Causation and prevention of malarial fevers: a statement of the results of researches drawn up for the use of assistant surgeons, hospital assistants and students
Disease focus: Malaria
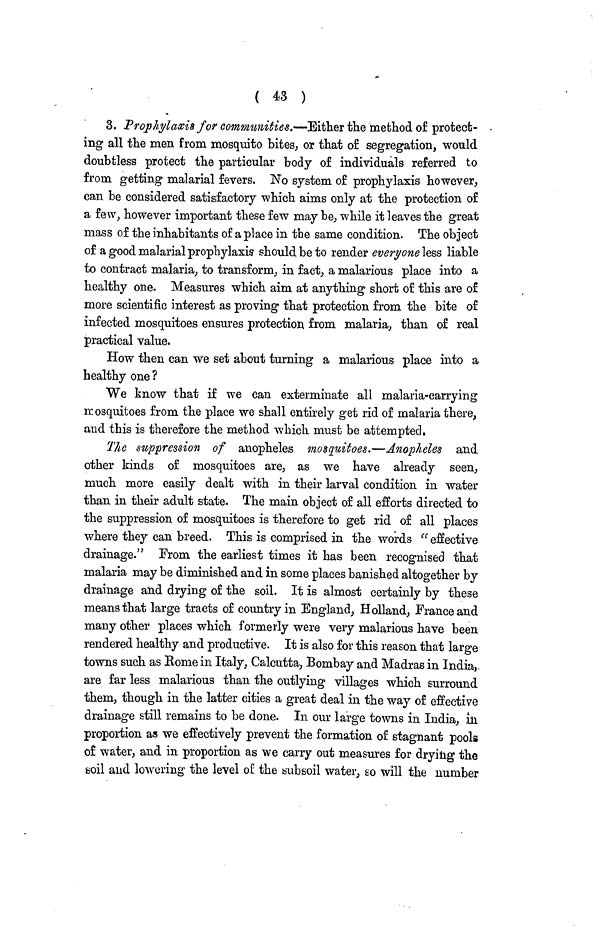
( 43 )
3. Prophylaxis for communities.— Either the method of protect- .
ing all the men from mosquito bites, or that of segregation, would
doubtless protect the particular body of individuals referred to
from getting malarial fevers. No system of prophylaxis however,
can be considered satisfactory which aims only at the protection of
a few, however important these few may be, while it leaves the great
mass of the inhabitants of a place in the same condition. The object
of a good malarial prophylaxis should be to render everyone less liable
to contract malaria, to transform, in fact, a malarious place into a
healthy one. Measures which aim at anything short of this are of
more scientific interest as proving that protection from the bite of
infected mosquitoes ensures protection from malaria, than of real
practical value.
How then can we set about turning a malarious place into a
healthy one ?
We know that if we can exterminate all malaria-carrying
rcosquitoes from the place we shall entirely get rid of malaria there,
and this is therefore the method which must be attempted.
The suppression of anopheles mosquitoes.—Anopheles and
other kinds of mosquitoes are, as we have already seen,
much more easily dealt with in their larval condition in water
than in their adult state. The main object of all efforts directed to
the suppression of mosquitoes is therefore to get rid of all places
where they can breed. This is comprised in the words " effective
drainage." From the earliest times it has been recognised that
malaria may be diminished and in some places banished altogether by
drainage and drying of the soil. It is almost certainly by these
means that large tracts of country in England, Holland, France and
many other places which formerly were very malarious have been
rendered healthy and productive. It is also for this reason that large
towns such as Rome in Italy, Calcutta, Bombay and Madras in India,
are far less malarious than the outlying villages which surround
them, though in the latter cities a great deal in the way of effective
drainage still remains to be done. In our large towns in India, in
proportion as we effectively prevent the formation of stagnant pools
of water, and in proportion as we carry out measures for drying the
soil and lowering the level of the subsoil water, so will the number